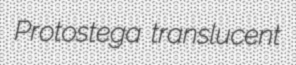
Protostega translucent